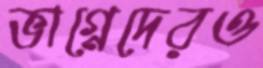
ভাগ্নেদেরও